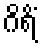
ဂိရိံ